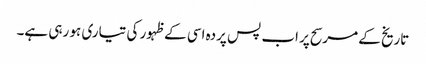
تاریخ کے مرسح پر اب پس پردہ اسی کے ظہور کی تیاری ہو رہی ہے۔